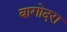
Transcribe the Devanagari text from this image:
बागोदरा